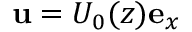
\mathbf { u } = U _ { 0 } ( z ) \mathbf { e } _ { x }